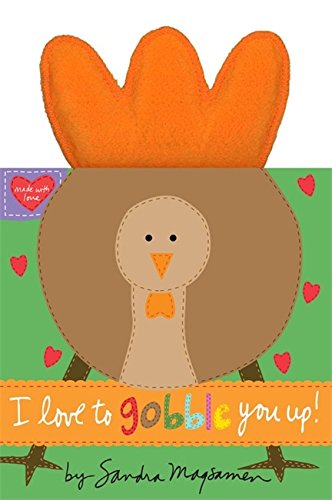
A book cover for I Love to Gobble You Up!; Children's Books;